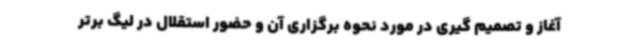
آغاز و تصمیم گیری در مورد نحوه برگزاری آن و حضور استقلال در لیگ برتر